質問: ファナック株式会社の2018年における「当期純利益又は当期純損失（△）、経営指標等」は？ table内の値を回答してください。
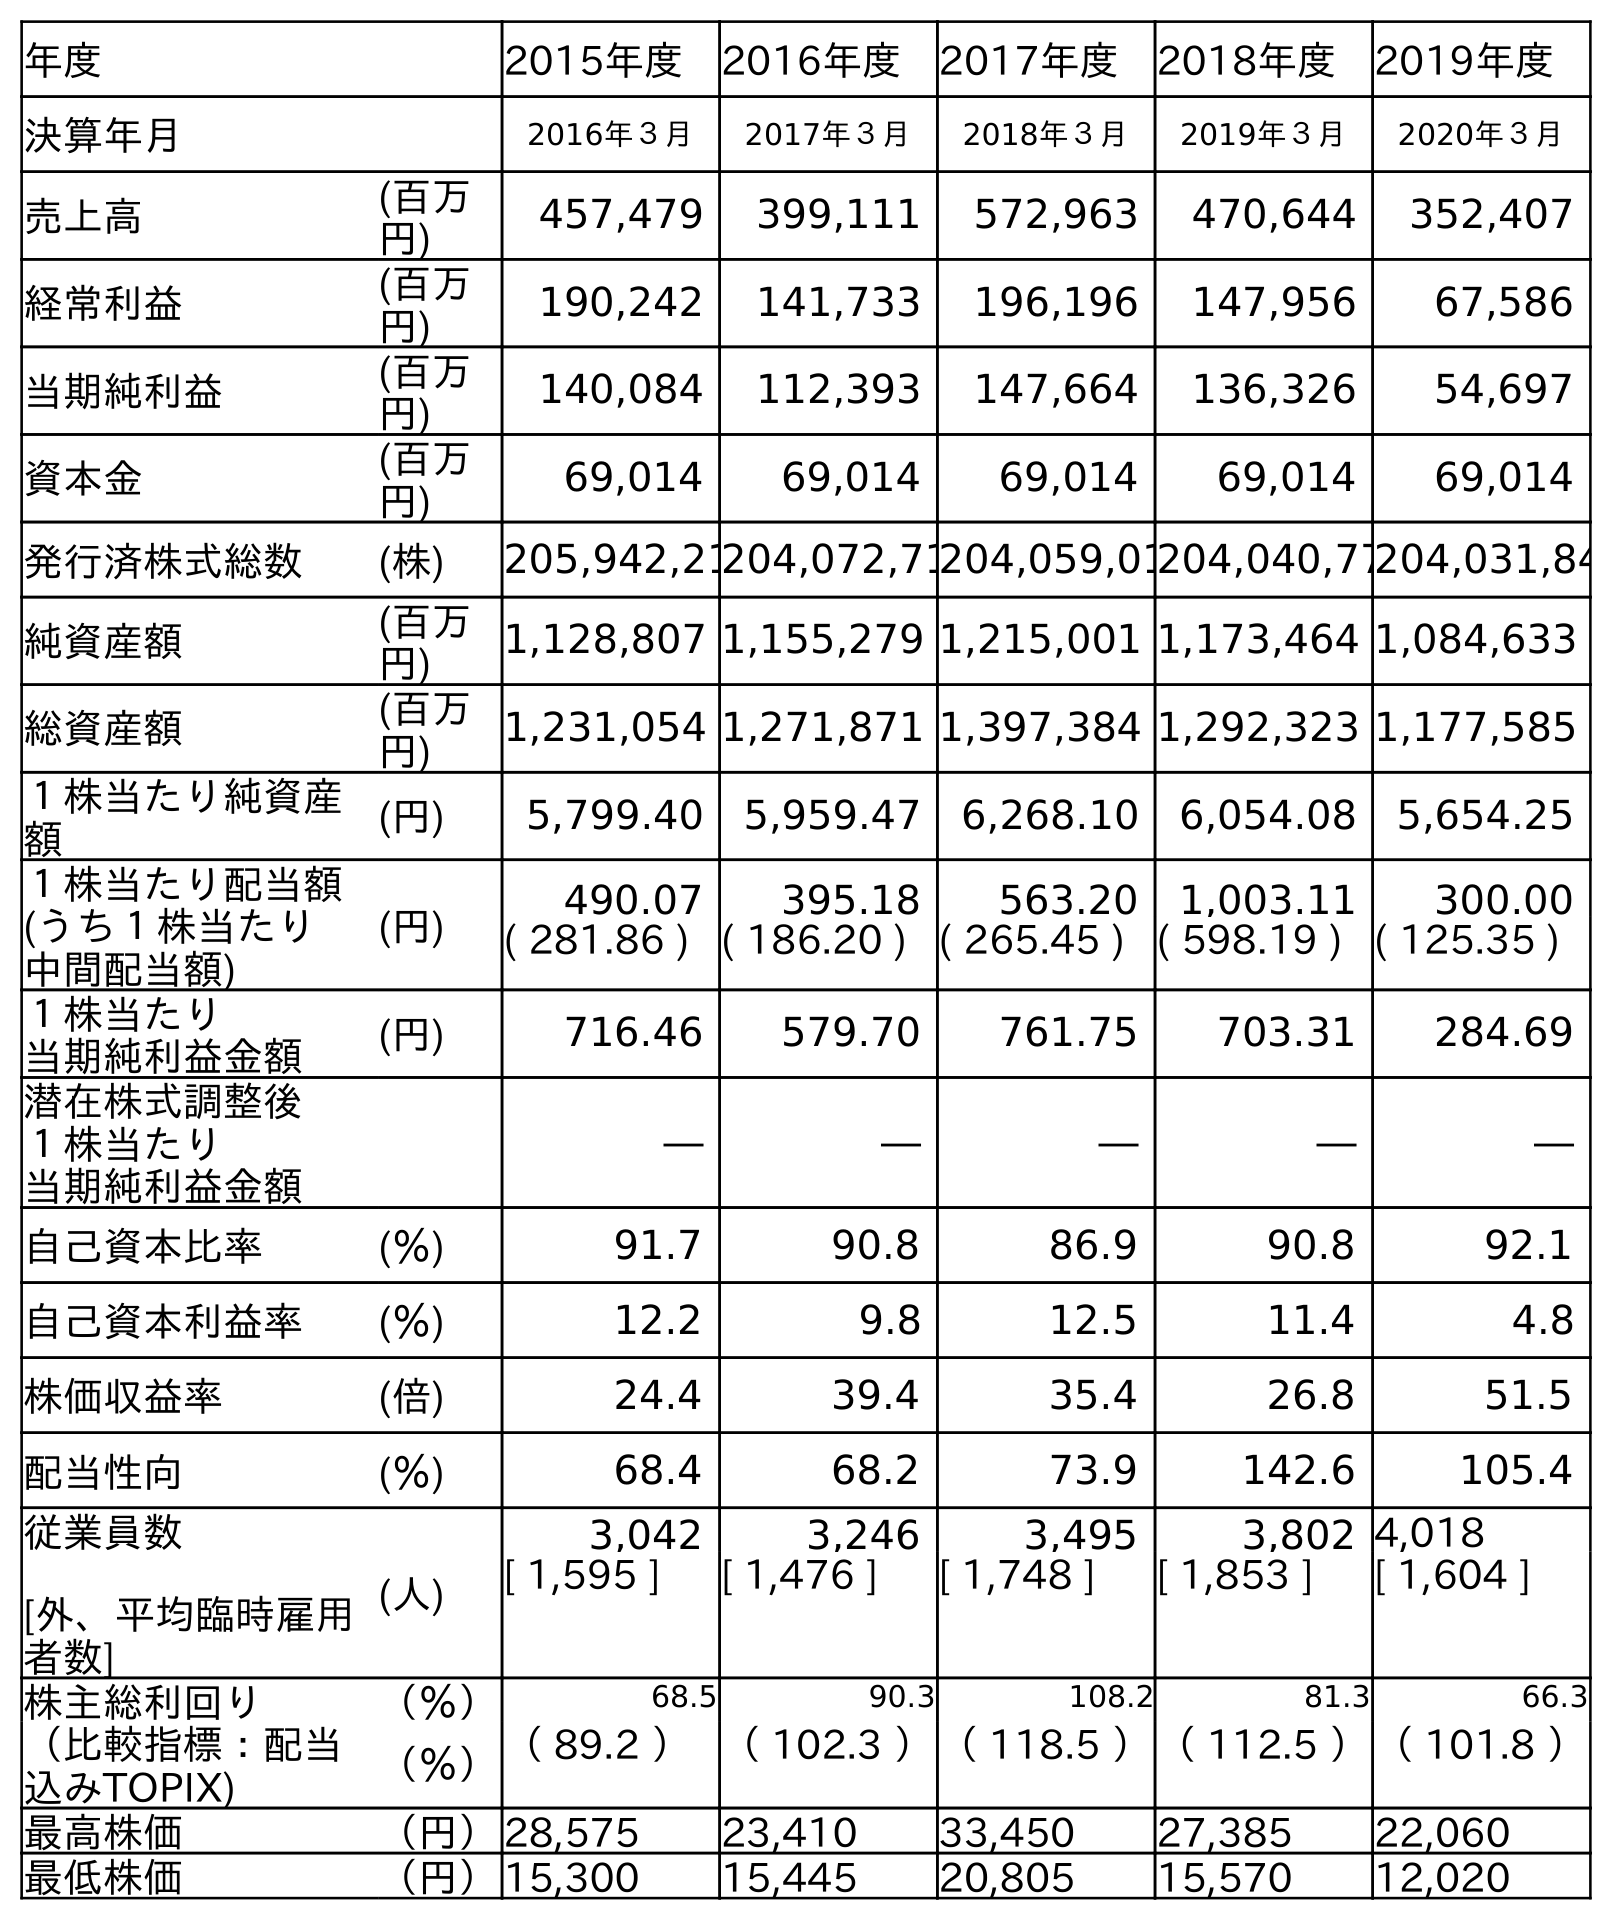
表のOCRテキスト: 年度 2015年度 2016年度 2017年度 2018年度 2019年度 決算年月 2016年３月 2017年３月 2018年３月 2019年３月 2020年３月 売上高 (百万 円) 457,479 399,111 572,963 470,644 352,407 経常利益 (百万 円) 190,242 141,733 196,196 147,956 67,586 当期純利益 (百万 円) 140,084 112,393 147,664 136,326 54,697 資本金 (百万 円) 69,014 69,014 69,014 69,014 69,014 発行済株式総数 (株) 205,942,21204,072,71204,059,01204,040,77204,031,84 純資産額 (百万 円) 1,128,807 1,155,279 1,215,001 1,173,464 1,084,633 総資産額 (百万 円) 1,231,054 1,271,871 1,397,384 1,292,323 1,177,585 １株当たり純資産 額 (円) 5,799.40 5,959.47 6,268.10 6,054.08 5,654.25 １株当たり配当額 (うち１株当たり 中間配当額) (円) 490.07 395.18 563.20 1,003.11 300.00 ( 281.86 ) ( 186.20 ) ( 265.45 ) ( 598.19 ) ( 125.35 ) １株当たり 当期純利益金額 (円) 716.46 579.70 761.75 703.31 284.69 潜在株式調整後 １株当たり 当期純利益金額 ― ― ― ― ― 自己資本比率 (％) 91.7 90.8 86.9 90.8 92.1 自己資本利益率 (％) 12.2 9.8 12.5 11.4 4.8 株価収益率 (倍) 24.4 39.4 35.4 26.8 51.5 配当性向 (％) 68.4 68.2 73.9 142.6 105.4 従業員数 [外、平均臨時雇用 者数] (人) 3,042 3,246 3,495 3,802 4,018 [ 1,595 ] [ 1,476 ] [ 1,748 ] [ 1,853 ] [ 1,604 ] 株主総利回り （％） 68.5 90.3 108.2 81.3 66.3 （比較指標：配当 込みTOPIX) （％）（ 89.2 ）（ 102.3 ）（ 118.5 ）（ 112.5 ）（ 101.8 ） 最高株価 （円）28,575 23,410 33,450 27,385 22,060 最低株価 （円）15,300 15,445 20,805 15,570 12,020
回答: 147,664